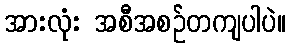
အားလုံး အစီအစဉ်တကျပါပဲ။